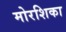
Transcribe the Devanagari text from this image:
मोरशिका